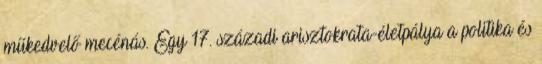
műkedvelő mecénás. Egy 17. századi arisztokrata-életpálya a politika és